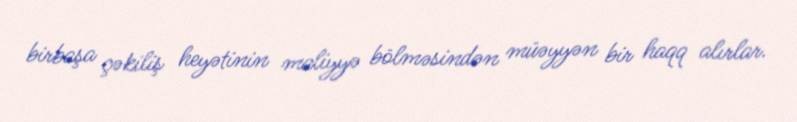
birbaşa çəkiliş heyətinin maliyyə bölməsindən müəyyən bir haqq alırlar.